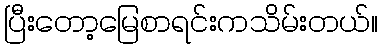
ပြီးတော့မြေစာရင်းကသိမ်းတယ်။